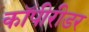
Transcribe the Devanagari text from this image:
कॉपीरीडर